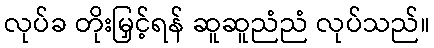
လုပ်ခ တိုးမြှင့်ရန် ဆူဆူညံညံ လုပ်သည်။